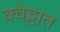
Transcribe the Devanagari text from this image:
क्वेट्टात